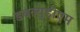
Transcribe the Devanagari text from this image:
डबल्युडीएम